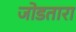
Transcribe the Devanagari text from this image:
जोडतारा